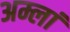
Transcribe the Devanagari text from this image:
अम्लां